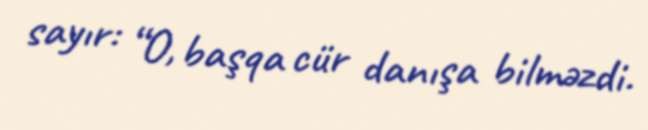
sayır: “O, başqa cür danışa bilməzdi.